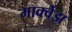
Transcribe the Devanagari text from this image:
मार्क्वेझ